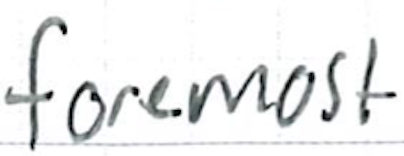
Text: foremost
Cross-out: clean
Writing tool: ballpoint